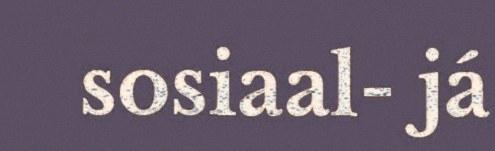
sosiaal- já